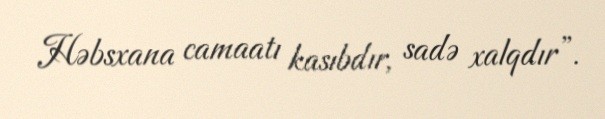
Həbsxana camaatı kasıbdır, sadə xalqdır”.